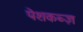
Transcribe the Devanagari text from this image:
पेशकब्ज़